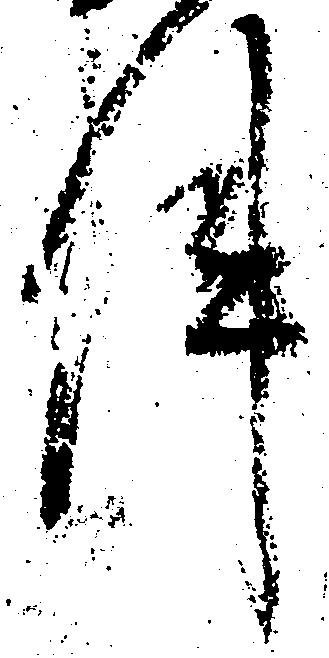
件